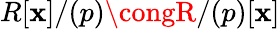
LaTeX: R[\mathbf{x}]/(p)\congR/(p)[\mathbf{x}]